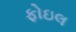
ફોઇલ